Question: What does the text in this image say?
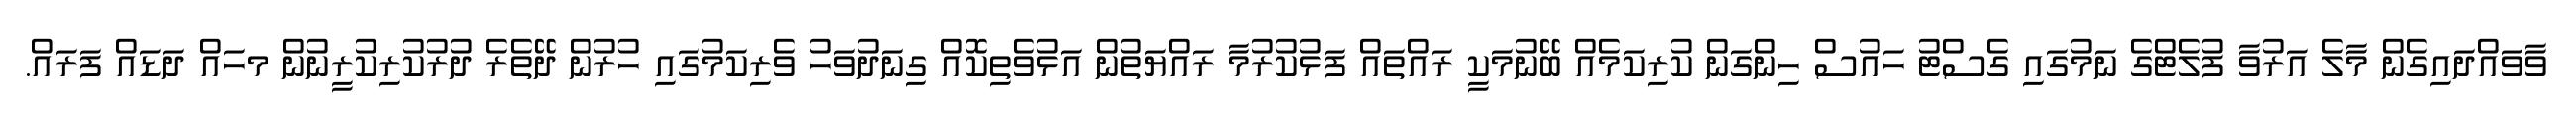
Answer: ވާވައްދައިގެން މާލެ އަރުވާ ފުލެޓްގެ ނަމުގައި ގެސްޓު ހައުސް ހިންގަން ކުރިކަމެއް ބޭނުމަކީ ރައްތައް ފަޅުކުރުމާ ރައްޔަތުން އަޅުވެތިކޮއް ގިނަދުވަހު ވެރިކަމުގައި ހުރުން ދޭތެރެ ދުރުކުރިކުރީނުން މހައް ދަޑައް ފަރައް.